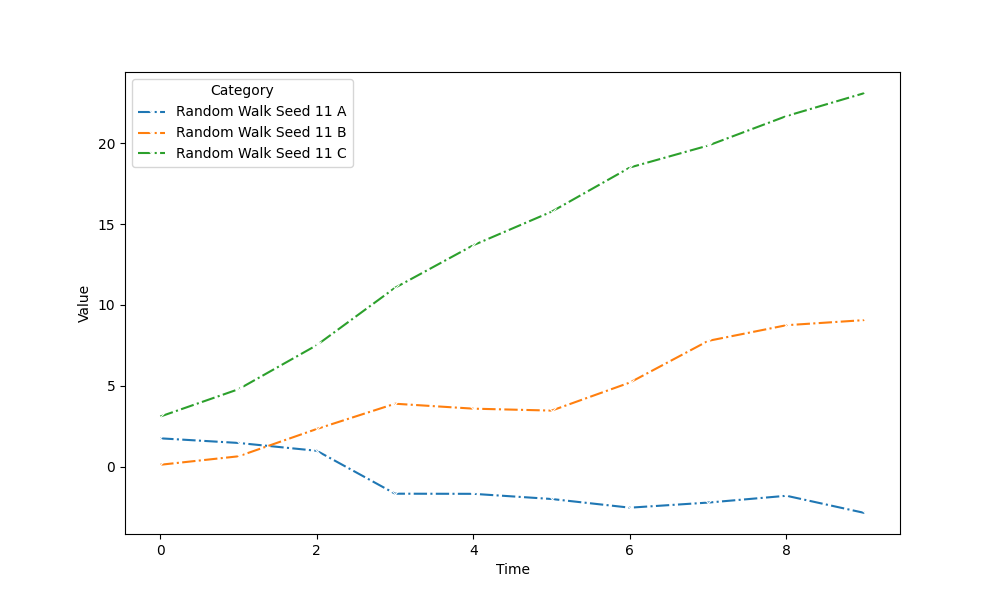
python, seaborn, lineplot, style='dashdot', marker='x'